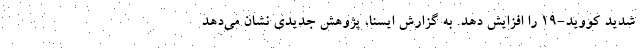
شدید کووید-۱۹ را افزایش دهد. به گزارش ایسنا، پژوهش جدیدی نشان می‌دهد